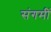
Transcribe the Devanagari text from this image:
संगमीं